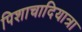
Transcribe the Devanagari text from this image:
पिशाचादियात्रा